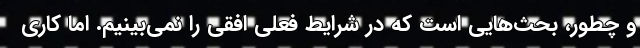
و چطور، بحث‌هایی است که در شرایط فعلی افقی را نمی‌بینیم. اما کاری